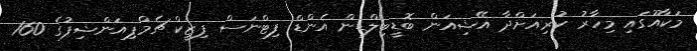
މަކާއޫގައި މިހާރު ކުރިއަށްދާ އޭޝިއަން ބޮޑީބިލްޑިން އެންޑް ފިޓްނަސް ފިޒީކް ޗެމްޕިއަންޝިޕުގެ 160